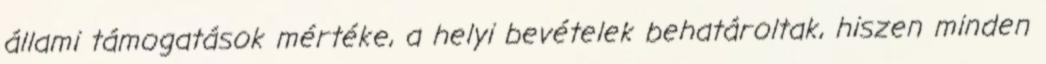
állami támogatások mértéke, a helyi bevételek behatároltak, hiszen minden